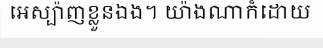
អេស្ប៉ាញខ្លួនឯង។ យ៉ាងណាក៏ដោយ